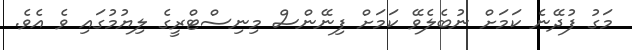
މަގު ފުދޭނެ ކަމަށް ނުބެލެވޭ ކަމަށް ފިނޭންސް މިނިސްޓްރީގެ ލިޔުމުގައި ވެ އެވެ.